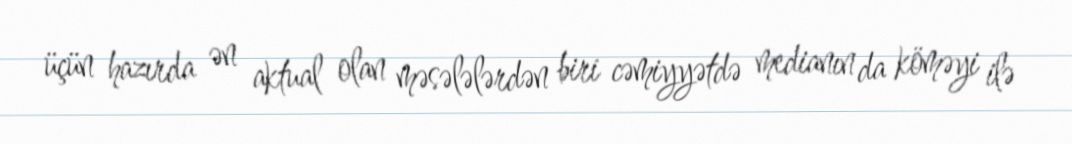
üçün hazırda ən aktual olan məsələlərdən biri cəmiyyətdə medianın da köməyi ilə